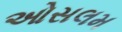
ઓસલમ